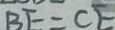
B F = C E